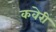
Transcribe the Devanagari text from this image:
कवेरी